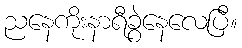
ညနေကိုးနာရီခွဲနေလေပြီ။